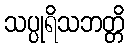
သပ္ပုရိသဘတ္တိ